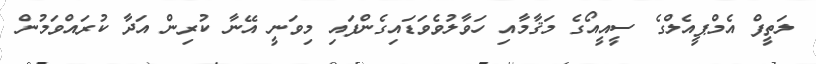
ލަތީފް އެމްޕީއެލްގެ ސީއީއޯގެ މަޤާމާއި ހަވާލުވެވަޑައިގެންފައި މިވަނީ އޭނާ ކުރިން އަދާ ކުރައްވަމުން